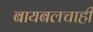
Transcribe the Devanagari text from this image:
बायबलचाही